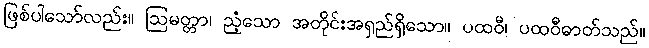
ဖြစ်ပါသော်လည်း။ ဩမတ္တာ၊ ညံ့သော အတိုင်းအရှည်ရှိသော။ ပထဝီ၊ ပထဝီဓာတ်သည်။